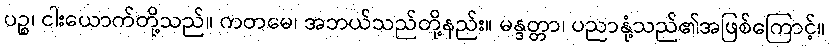
ပဉ္စ၊ ငါးယောက်တို့သည်။ ကတမေ၊ အဘယ်သည်တို့နည်း။ မန္ဒတ္တာ၊ ပညာနုံ့သည်၏အဖြစ်ကြောင့်။